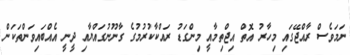
ނަމަވެސް ރާއްޖޭގައި މިހާރު އޮތް އިޖްތިމާއީ މިންގަޑު ރައްކާކުރުމުގެ ގާނޫނުގައްޔާއި ދީނީ އެއްބައިވަންތަކަން